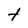
Character: t